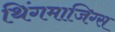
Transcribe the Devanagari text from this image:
थिंगमाजिग्स